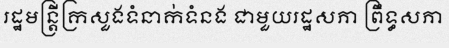
រដ្ឋមន្ត្រីក្រសួងទំនាក់ទំនង ជាមួយរដ្ឋសភា ព្រឹទ្ធសភា